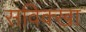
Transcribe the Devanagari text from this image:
सविक्खा